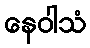
နေဝါသံ